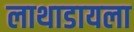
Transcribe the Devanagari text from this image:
लाथाडायला